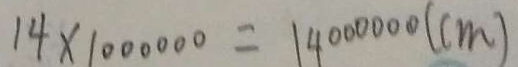
1 4 \times 1 0 0 0 0 0 0 = 1 4 0 0 0 0 0 0 ( c m )